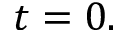
t = 0 .